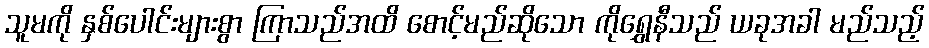
သူမကို နှစ်ပေါင်းများစွာ ကြာသည်အထိ စောင့်မည်ဆိုသော ကိုရွှေနီသည် ယခုအခါ မည်သည့်